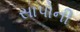
સાપોની